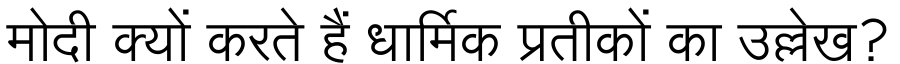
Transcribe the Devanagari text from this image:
मोदी क्यों करते हैं धार्मिक प्रतीकों का उल्लेख?